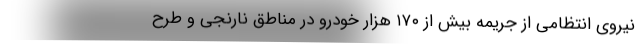
نیروی انتظامی از جریمه بیش از ۱۷۰ هزار خودرو در مناطق نارنجی و طرح